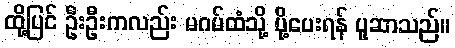
ထို့ပြင် ဦးဦးကလည်း မဂမ်ထံသို့ ပို့ပေးရန် ပူဆာသည်။